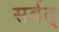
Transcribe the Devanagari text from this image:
सर्वत्